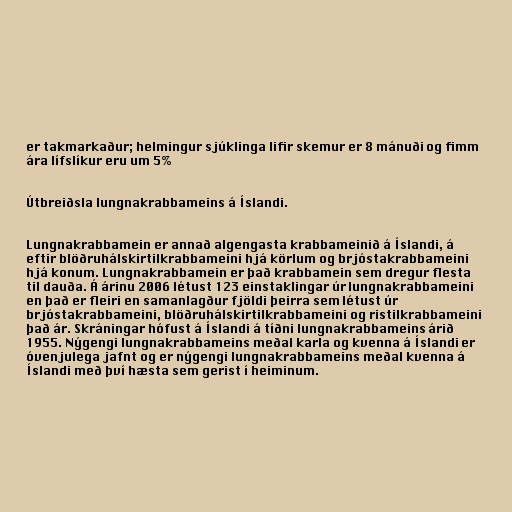
er takmarkaður; helmingur sjúklinga lifir skemur er 8 mánuði og fimm
ára lífslíkur eru um 5%

Útbreiðsla lungnakrabbameins á Íslandi.

Lungnakrabbamein er annað algengasta krabbameinið á Íslandi, á
eftir blöðruhálskirtilkrabbameini hjá körlum og brjóstakrabbameini
hjá konum. Lungnakrabbamein er það krabbamein sem dregur flesta
til dauða. Á árinu 2006 létust 123 einstaklingar úr lungnakrabbameini
en það er fleiri en samanlagður fjöldi þeirra sem létust úr
brjóstakrabbameini, blöðruhálskirtilkrabbameini og ristilkrabbameini
það ár. Skráningar hófust á Íslandi á tíðni lungnakrabbameins árið
1955. Nýgengi lungnakrabbameins meðal karla og kvenna á Íslandi er
óvenjulega jafnt og er nýgengi lungnakrabbameins meðal kvenna á
Íslandi með því hæsta sem gerist í heiminum.